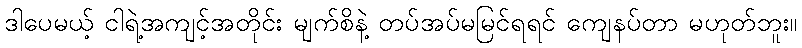
ဒါပေမယ့် ငါရဲ့အကျင့်အတိုင်း မျက်စိနဲ့ တပ်အပ်မမြင်ရရင် ကျေနပ်တာ မဟုတ်ဘူး။